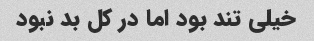
خیلی تند بود اما در کل بد نبود